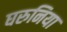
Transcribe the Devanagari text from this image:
घरुनिया